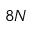
8 N